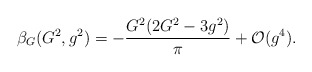
\begin{align*}\beta_{G}(G^{2},g^{2}) = -{G^{2}(2G^{2}-3g^{2})\over\pi}+ {\cal O}(g^{4}).\end{align*}